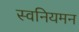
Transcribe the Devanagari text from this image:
स्वनियमन